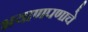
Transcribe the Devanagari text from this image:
भयाणपणाचे